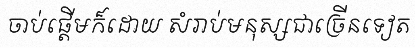
ចាប់ផ្តើមក៏ដោយ សំរាប់មនុស្សជាច្រើនទៀត